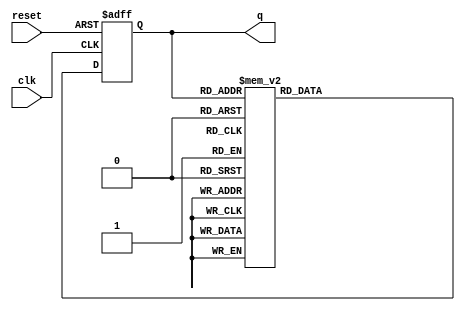
module decade_ring_counter (
    input wire clk,       // Clock input
    input wire reset,     // Reset input
    output reg [3:0] q    // 4-bit output for the counter state
);

// State transition logic
always @(posedge clk or posedge reset) begin
    if (reset) begin
        // Reset the counter to '0000'
        q <= 4'b0000;
    end else begin
        // Count logic
        case (q)
            4'b0000: q <= 4'b0001;
            4'b0001: q <= 4'b0010;
            4'b0010: q <= 4'b0011;
            4'b0011: q <= 4'b0100;
            4'b0100: q <= 4'b0101;
            4'b0101: q <= 4'b0110;
            4'b0110: q <= 4'b0111;
            4'b0111: q <= 4'b1000;
            4'b1000: q <= 4'b1001;
            4'b1001: q <= 4'b0000; // Wrap around to '0000'
            default: q <= 4'b0000; // Default case to handle undefined states
        endcase
    end
end

endmodule